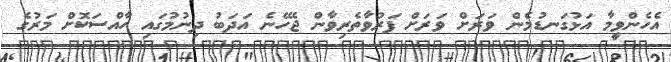
އެހެންވީމާ އަޅުގަނޑުމެން ވަރަށް ވަރަށް ފަރުވާތެރިވާން ޖެހޭނެ އަދަބު ދިނުމުގައި ހާއްސަކޮށް މަރުގެ